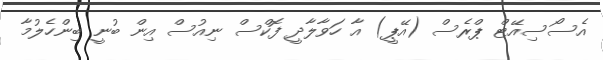
އެސޯސިއޭޓް ޕްރެސް (އޭޕީ) އާ ހަވާލާދީ ފޮކްސް ނިއުސް އިން ބުނީ ބިންހެލުމާ